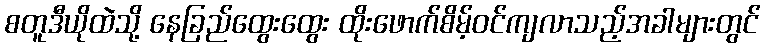
စတူဒီယိုထဲသို့ နေခြည်ထွေးထွေး ထိုးဖောက်စိမ့်ဝင်ကျလာသည့်အခါများတွင်